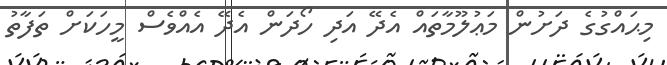
މިޙައްގުގެ ދަށުން މަޢުލޫމާތައް އެދޭ އަދި ހޯދަން އެދޭ އެއްވެސް މީހަކަށް ތަފާތު